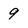
Character: 9